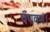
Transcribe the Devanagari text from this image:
चंपवणं।